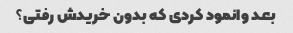
بعد وانمود کردی که بدون خریدش رفتی؟